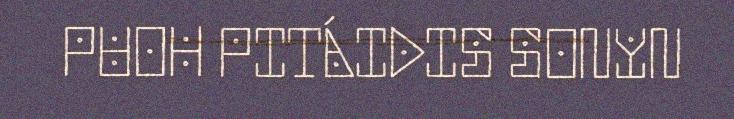
PUOH PITÁIDIS SONYN